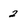
Character: 2